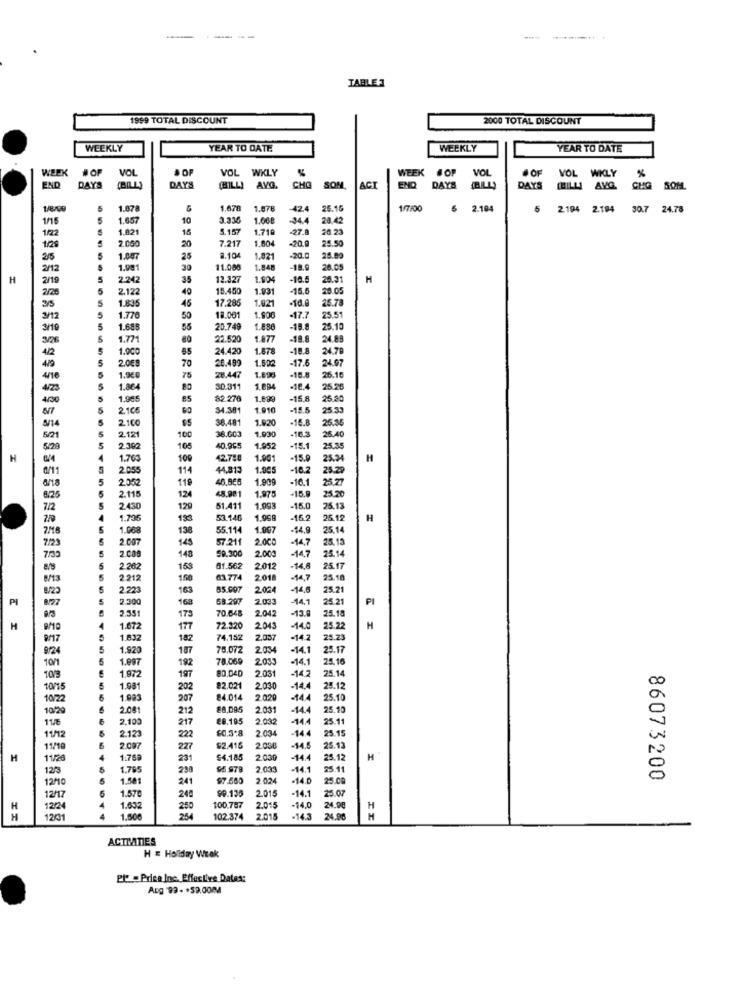
TABLE
1999 TOTAL DISCOUNT
2000 TOTAL DISCOUNT
WEEKLY
YEAR TO DATE
WEEKLY
YEAR TO DATE
WEEK
#OF
VOL
OF
VOL
WKLY
WEEK OF
VOL
. OF
VOL WKLY
VOL
WKLY
END
DAYS
DAYS
(BILLI
AVG
CHO SOM.
ACT
END DAYS (BILL)
(BILL)
DAYS (BILLI AVG. CMG SOM
1.678
1.678
1.078
42.4
15.15
1/7/00
2.104
5
2.194 2.184
30.7 24.78
1/15
1.657
10
3.330
1.068
-34.4
28,42
1/22
1.821
16
5.157
1.710
20.23
2.06
7.217
1.804
25.50
1/29
20
-20.0
2/5
1.00
25
8.104
1.821
-20.0
25.00
2/12
1.991
30
11.068
1.848
-18.
26.05
H
2/19
2.242
35
12.327
1.904
-10.5
20.31
M
2/20
2.122
49
15.450
1.931
-15.6
20.05
1.835
46
17.286
1.021
25.78
2/5
3/12
1.776
50
18.001
1.906
-17.7
25.51
3/19
1.685
55
20.749
1.886
-18.8
25.10
3/26
1.771
80
22.520
1.877
-19.8
24.89
422
1.000
65
24.420
1.878
-19.8
24.78
2.0E8
70
26.499
1.502
-17.6
24.97
4/16
75
28.447
1.893
-16.8
26.16
4/23
1.86
0.311
1.694
-18.4
25.26
400
1.965
85
82.270
1.699
-15.8
25.80
2.106
60
34.381
1.910
-15.5
25 33
2.100
36.481
1.920
-16.8
25.86
8/14
1.930
-10.3
26.40
5/21
2.121
100
5/29
2.300
105
40.965
1.952
-15.1
25.35
H
1.70
109
42.780
1.901
-15.9
25.34
H
0/11
2.055
114
44.813
1.995
-16.2
25.29
8/18
2.052
119
1.909
-16.1
25.27
2.11
48.981
1.975
-15.9
625
124
25.20
7/2
2430
129
51.411
1.993
-15.0
25.13
2/0
1.796
53.146
1.90
-16.2
5.12
H
1.068
138
55.114
1.907
-14.9
25.14
7/23
2.007
145
57.211
2000
-44,7
25.13
2.00
50.300
2.000
-14.7
25.14
148
2.262
158
61.562
2012
-14,8 25.17
25.17
8/13
2.212
150
63.774
2018
-14,7
25.18
2.223
163
85.907
2004
-14.6
25.21
PI
2.300
16
58.207
2.033
-14.1
25.21
PI
2.35
70.648
2042
-13.9
25.18
173
H
1.67
177
72.320
2.043
-14.0
25.22
H
9917
1.03
182
74.152
2.037
-14.2
25.23
9/24
1.920
187
75.072
2034
-14.1
25.17
10/1
1.997
192
78.069
203
-14.1
25.16
197
80.040
2.031
-14.2
25.14
10/3
1.972
10/15
1.981
202
82.021
2030
-14.4
25.12
10/22
1.083
207
84.014
2.020
25.10
10/20
2.08
212
88.09
2.03
-14.4
25.10
11/6
2,100
217
28.195
203
25.11
11/12
222
£0.3.8
2.034
-14.
5.15
2.123
11/19
2.001
227
$2.416
2.058
-14.5
15.13
H
11/20
1:769
231
54.185
2.030
-14.4
25.12
H
12/3
1.795
290
96 979
2.03
-14.1
25.11
1.581
241
97.500
2.02.
-14.0
25.0
86073200
1.57
2015
-14.1
25.07
12/17
240
99.13
-14.0
H
12/24
1.632
250
100.787
2.01
24.96
H
H
1201
1.60€
102.374
2.015
-145
24.88
ACTIVITIES
H = Holiday Weak
Pl - Price Inc. Effective Dates:
Aug .99- +59.00MM